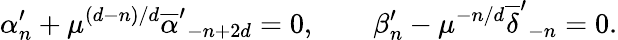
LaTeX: \alpha_{n}^{\prime}+\mu^{(d-n)/d}{\overline{{\alpha}}^{\prime}}_{-n+2d}=0,\qquad\beta_{n}^{\prime}-\mu^{-n/d}{\overline{{\delta}}^{\prime}}_{-n}=0.